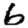
Digit: 6